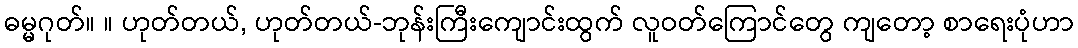
ဓမ္မဂုတ်။ ။ ဟုတ်တယ်, ဟုတ်တယ်-ဘုန်းကြီးကျောင်းထွက် လူဝတ်ကြောင်တွေ ကျတော့ စာရေးပုံဟာ